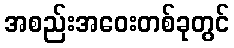
အစည်းအဝေးတစ်ခုတွင်